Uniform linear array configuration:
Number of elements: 24
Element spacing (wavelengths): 0.5
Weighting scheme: cosine
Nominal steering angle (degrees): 0
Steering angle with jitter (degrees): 0.358
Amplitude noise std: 0.05
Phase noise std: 0.05

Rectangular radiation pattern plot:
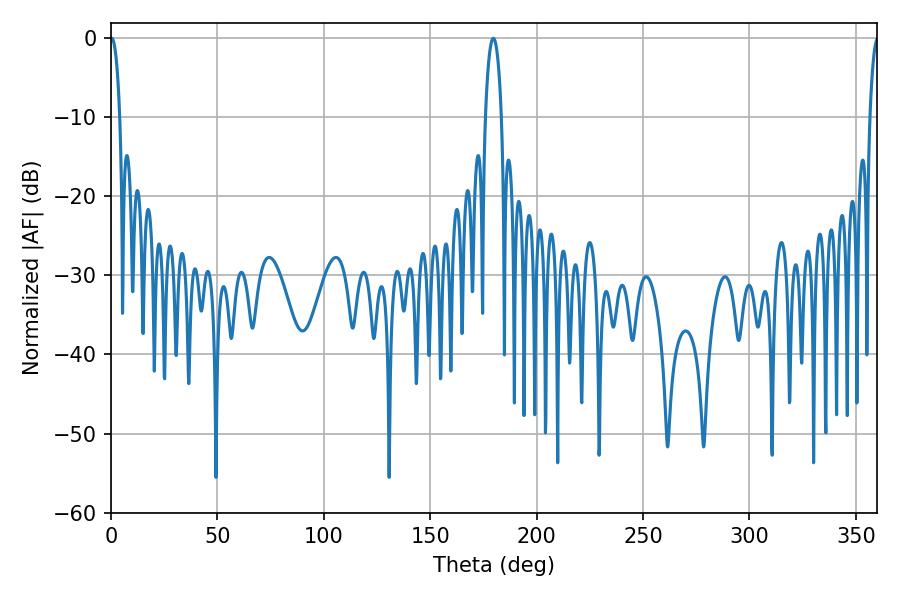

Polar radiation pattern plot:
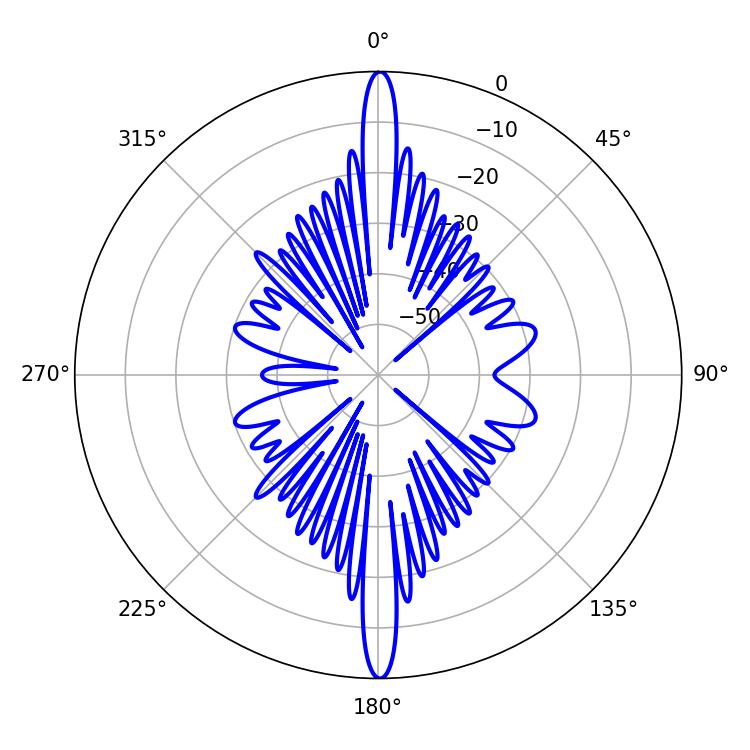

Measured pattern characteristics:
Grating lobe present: FALSE
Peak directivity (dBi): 31.556
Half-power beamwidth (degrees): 2.52
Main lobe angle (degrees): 0.36